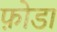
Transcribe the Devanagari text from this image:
फ़ोडा